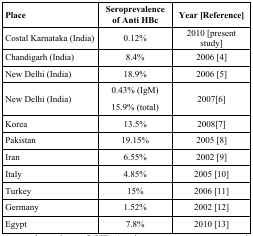
<table><thead><tr><td><b>Place</b></td><td><b>Seroprevalence of Anti HBc</b></td><td><b>Year [Reference]</b></td></tr></thead><tbody><tr><td>Costal Karnataka (India)</td><td>0.12%</td><td>2010 [present study]</td></tr><tr><td>Chandigarh (India)</td><td>8.4%</td><td>2006 [4]</td></tr><tr><td>New Delhi (India)</td><td>18.9%</td><td>2006 [5]</td></tr><tr><td>New Delhi (India)</td><td>0.43% (IgM)15.9% (total)</td><td>2007[6]</td></tr><tr><td>Korea</td><td>13.5%</td><td>2008[7]</td></tr><tr><td>Pakistan</td><td>19.15%</td><td>2005 [8]</td></tr><tr><td>Iran</td><td>6.55%</td><td>2002 [9]</td></tr><tr><td>Italy</td><td>4.85%</td><td>2005 [10]</td></tr><tr><td>Turkey</td><td>15%</td><td>2006 [11]</td></tr><tr><td>Germany</td><td>1.52%</td><td>2002 [12]</td></tr><tr><td>Egypt</td><td>7.8%</td><td>2010 [13]</td></tr></tbody></table>